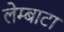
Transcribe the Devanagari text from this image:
लेम्बाटा